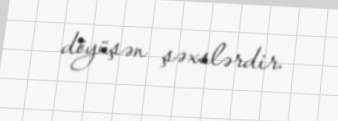
döyüşən şəxslərdir.